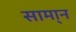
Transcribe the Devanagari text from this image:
सामा्न